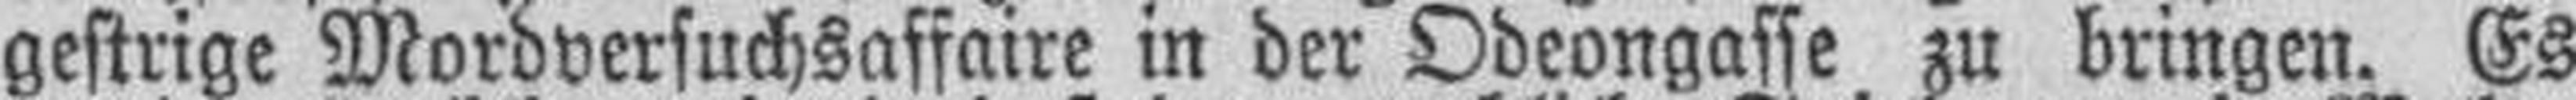
gestrige Mordversuchsaffaire in der Odeongasse zu bringen. Es